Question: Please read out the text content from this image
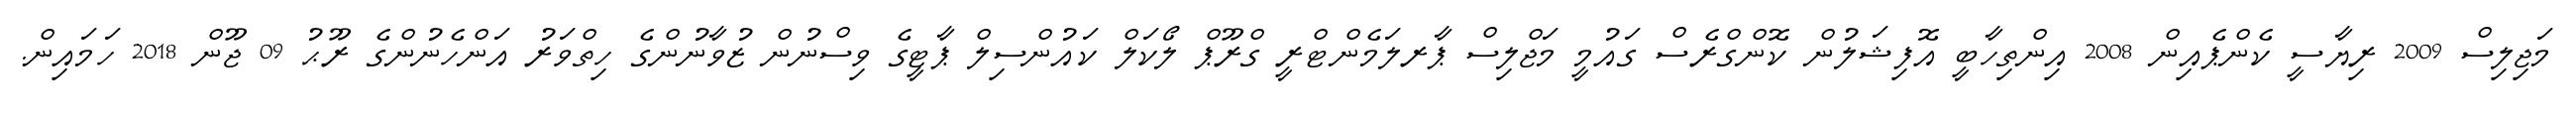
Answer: މަޖިލިސް 2009 ރިޔާސީ ކެންޕެއިން 2008 އިންތިހާބީ އޮފިޝަލުން ކޮންގްރެސް ގައުމީ މަޖްލިސް ޕާރލަމެންޓްރީ ގްރޫޕް ލޯކަލް ކައުންސިލް ޕާޓީގެ ވިސްނުން ޒުވާނުންގެ ހިތްވަރު އަންހެނުންގެ ރޫޙު 09 ޖޫން 2018 ހަމައިން.